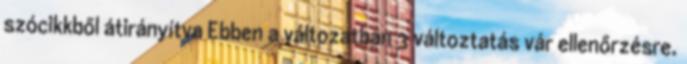
szócikkből átirányítva Ebben a változatban 3 változtatás vár ellenőrzésre.